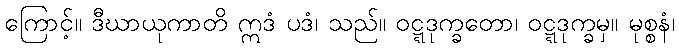
ကြောင့်။ ဒီဃာယုကာတိ ဣဒံ ပဒံ၊ သည်။ ဝဋ္ဋဒုက္ခတော၊ ဝဋ္ဋဒုက္ခမှ။ မုစ္စနံ၊